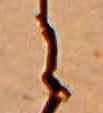
に